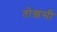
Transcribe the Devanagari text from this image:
तोख़सी